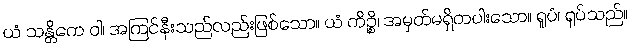
ယံ သန္တိကေ ဝါ၊ အကြင်နီးသည်လည်းဖြစ်သော။ ယံ ကိဉ္စိ၊ အမှတ်မရှိတပါးသော။ ရူပံ၊ ရုပ်သည်။